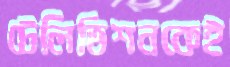
টেলিভিশনকেই